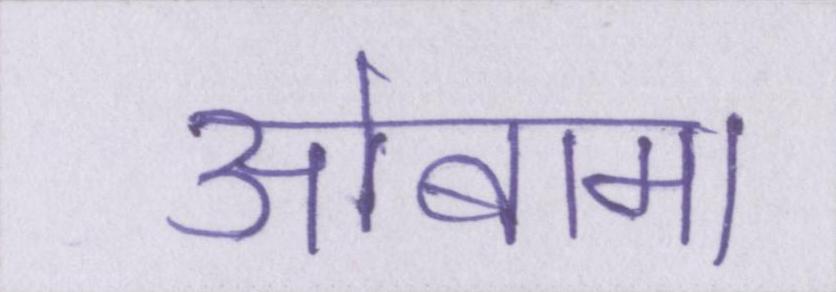
ओबामा